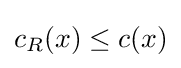
c_{R}(x)\leq c(x)